Vaccination in Burma 1889-1999 - 1889-1999
Year: 1889
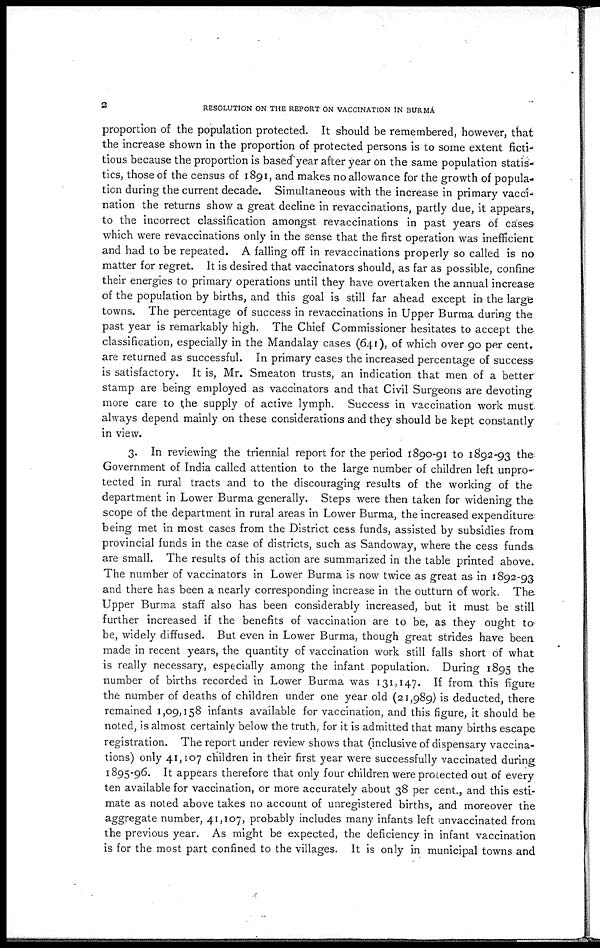
2
RESOLUTION ON THE REPORT ON VACCINATION IN BURMA
proportion of the population protected. It should be remembered, however, that
the increase shown in the proportion of protected persons is to some extent ficti-
tious because the proportion is based year after year on the same population statis-
tics, those of the census of 1891, and makes no allowance for the growth of popula-
tion during the current decade. Simultaneous with the increase in primary vacci-
nation the returns show a great decline in revaccinations, partly due, it appears,
to the incorrect classification amongst revaccinations in past years of cases
which were revaccinations only in the sense that the first operation was inefficient
and had to be repeated. A falling off in revaccinations properly so called is no
matter for regret. It is desired that vaccinators should, as far as possible, confine
their energies to primary operations until they have overtaken the annual increase
of the population by births, and this goal is still far ahead except in the large
towns. The percentage of success in revaccinations in Upper Burma during the
past year is remarkably high. The Chief Commissioner hesitates to accept the
classification, especially in the Mandalay cases (641), of which over 90 per cent.
are returned as successful. In primary cases the increased percentage of success-
is satisfactory. It is, Mr. Smeaton trusts, an indication that men of a better
stamp are being employed as vaccinators and that Civil Surgeons are devoting
more care to the supply of active lymph. Success in vaccination work must
always depend mainly on these considerations and they should be kept constantly
in view.
3. In reviewing the triennial report for the period 1890-91 to 1892-93 the
Government of India called attention to the large number of children left unpro-
tected in rural tracts and to the discouraging results of the working of the
department in Lower Burma generally. Steps were then taken for widening, the
scope of the department in rural areas in Lower Burma, the increased expenditure
being met in most cases from the District cess funds, assisted by subsidies from
provincial funds in the case of districts, such as Sandoway, where the cess funds
are small. The results of this action are summarized in the table printed above.
The number of vaccinators in Lower Burma is now twice as great as in 1892-93
and there has been a nearly corresponding increase in the outturn of work. The
Upper Burma staff also has been considerably increased, but it must be still
further increased if the benefits of vaccination are to be, as they ought to
be, widely diffused. But even in Lower Burma, though great strides have been
made in recent years, the quantity of vaccination work still falls short of what
is really necessary, especially among the infant population. During 1895 the
number of births recorded in Lower Burma was 131,147. If from this figure
the number of deaths of children under one year old (21,989) is deducted, there
remained 1,09,158 infants available for vaccination, and this figure, it should be
noted, is almost certainly below the truth, for it is admitted that many births escape
registration. The report under review shows that (inclusive of dispensary vaccina-
tions) only 41,107 children in their first year were successfully vaccinated during
1895-96. It appears therefore that only four children were protected out of every
ten available for vaccination, or more accurately about 38 per cent., and this esti-
mate as noted above takes no account of unregistered births, and moreover the
aggregate number, 41,107, probably includes many infants left unvaccinated from
the previous year. As might be expected, the deficiency in infant vaccination
is for the most part confined to the villages. It is only in municipal towns and